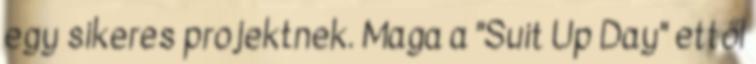
egy sikeres projektnek. Maga a "Suit Up Day" ettől